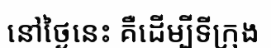
នៅថ្ងៃនេះ គឺដើម្បីទីក្រុង